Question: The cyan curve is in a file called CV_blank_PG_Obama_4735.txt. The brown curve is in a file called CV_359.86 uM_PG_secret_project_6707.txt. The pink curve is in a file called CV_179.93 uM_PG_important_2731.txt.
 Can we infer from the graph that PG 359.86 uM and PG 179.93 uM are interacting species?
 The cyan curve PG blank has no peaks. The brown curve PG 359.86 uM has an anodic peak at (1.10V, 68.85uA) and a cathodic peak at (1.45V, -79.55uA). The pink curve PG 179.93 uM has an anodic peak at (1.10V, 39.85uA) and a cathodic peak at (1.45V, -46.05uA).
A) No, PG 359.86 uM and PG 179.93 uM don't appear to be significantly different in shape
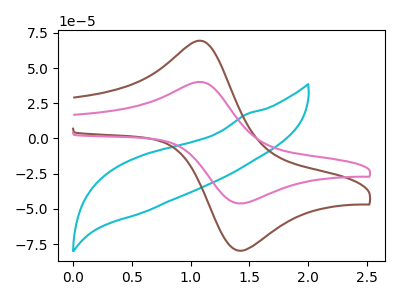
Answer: <think>All the peaks in "PG 359.86 uM" have a peak in "PG 179.93 uM" at the same potential. Every peak in "PG 359.86 uM" is higher than every peak in "PG 179.93 uM".
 </think>
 <answer>A) No, "PG 359.86 uM" and "PG 179.93 uM" don't appear to be significantly different in shape</answer>
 <eval>A</eval>